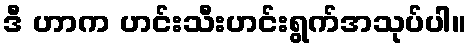
ဒီ ဟာက ဟင်းသီးဟင်းရွက်အသုပ်ပါ။